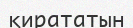
қирататын